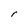
Character: r